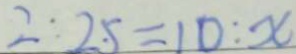
2 : 2 . 5 = 1 0 : x